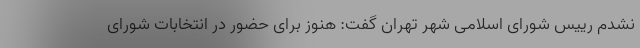
نشدم رییس شورای اسلامی شهر تهران گفت: هنوز برای حضور در انتخابات شورای